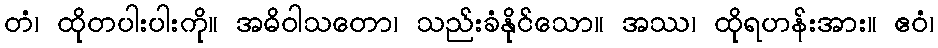
တံ၊ ထိုတပါးပါးကို။ အဓိဝါသတော၊ သည်းခံနိုင်သော။ အဿ၊ ထိုရဟန်းအား။ ဧဝံ၊